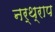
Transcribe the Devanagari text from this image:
नर्थ्राप